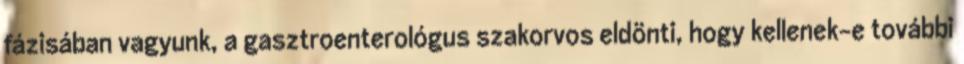
fázisában vagyunk, a gasztroenterológus szakorvos eldönti, hogy kellenek-e további